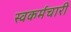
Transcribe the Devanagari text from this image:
स्वकर्मचारी